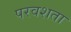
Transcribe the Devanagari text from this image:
परवशता